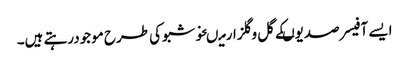
ایسے آفیسر صدیوںکے گل وگلزارمیںخوشبوکی طرح موجودرہتے ہیں۔